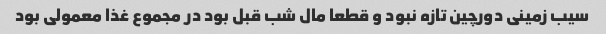
سیب زمینی دورچین تازه نبود و قطعا مال شب قبل بود در مجموع غذا معمولی بود